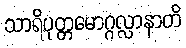
သာရိပုတ္တမောဂ္ဂလ္လာနာတိ